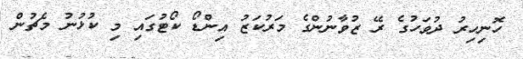
ހޮނިހިރު ދުވަހުގެ ރޭ ޒުވާނުންގެ މަރުކަޒު އިންޑޯ ކޯޓުގައި މި ކުޅުނު މެޗުން